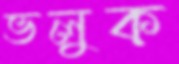
ভলুক